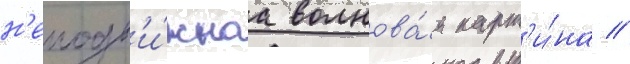
н'еподв'и́жнаа волнова́я карт'и́на //